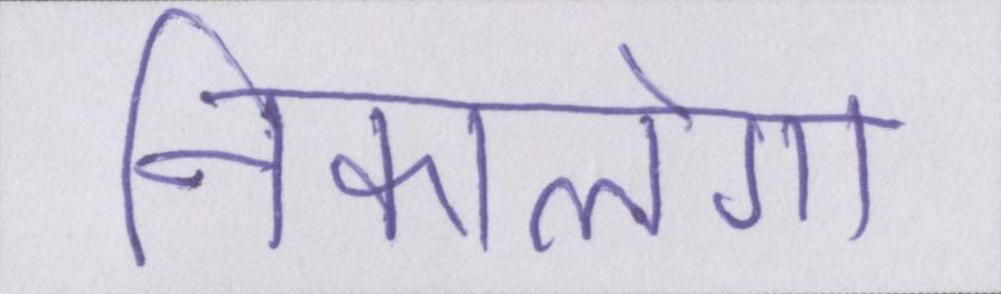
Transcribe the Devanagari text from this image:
निकालेगा